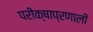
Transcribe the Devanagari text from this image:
परीक्षाप्रणाली